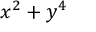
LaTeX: x ^ { 2 } + y ^ { 4 }